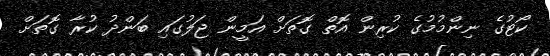
ކޯޓުގެ ނިންމުމުގެ ކުރިން އޮތް ގޮތަށް އަމީން ޖަލުގައި ބަންދު ކުރާ ގޮތަށް